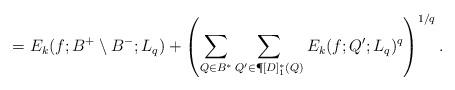
LaTeX: \begin{align*} =E_k(f;B^+\setminus B^-;L_q)+ \left(\sum\limits_{Q\in B^*} \sum\limits_{Q'\in \P[D]_1^*(Q)} E_k(f;Q';L_q)^q\right)^{1/q}.\end{align*}